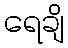
ရေချိ